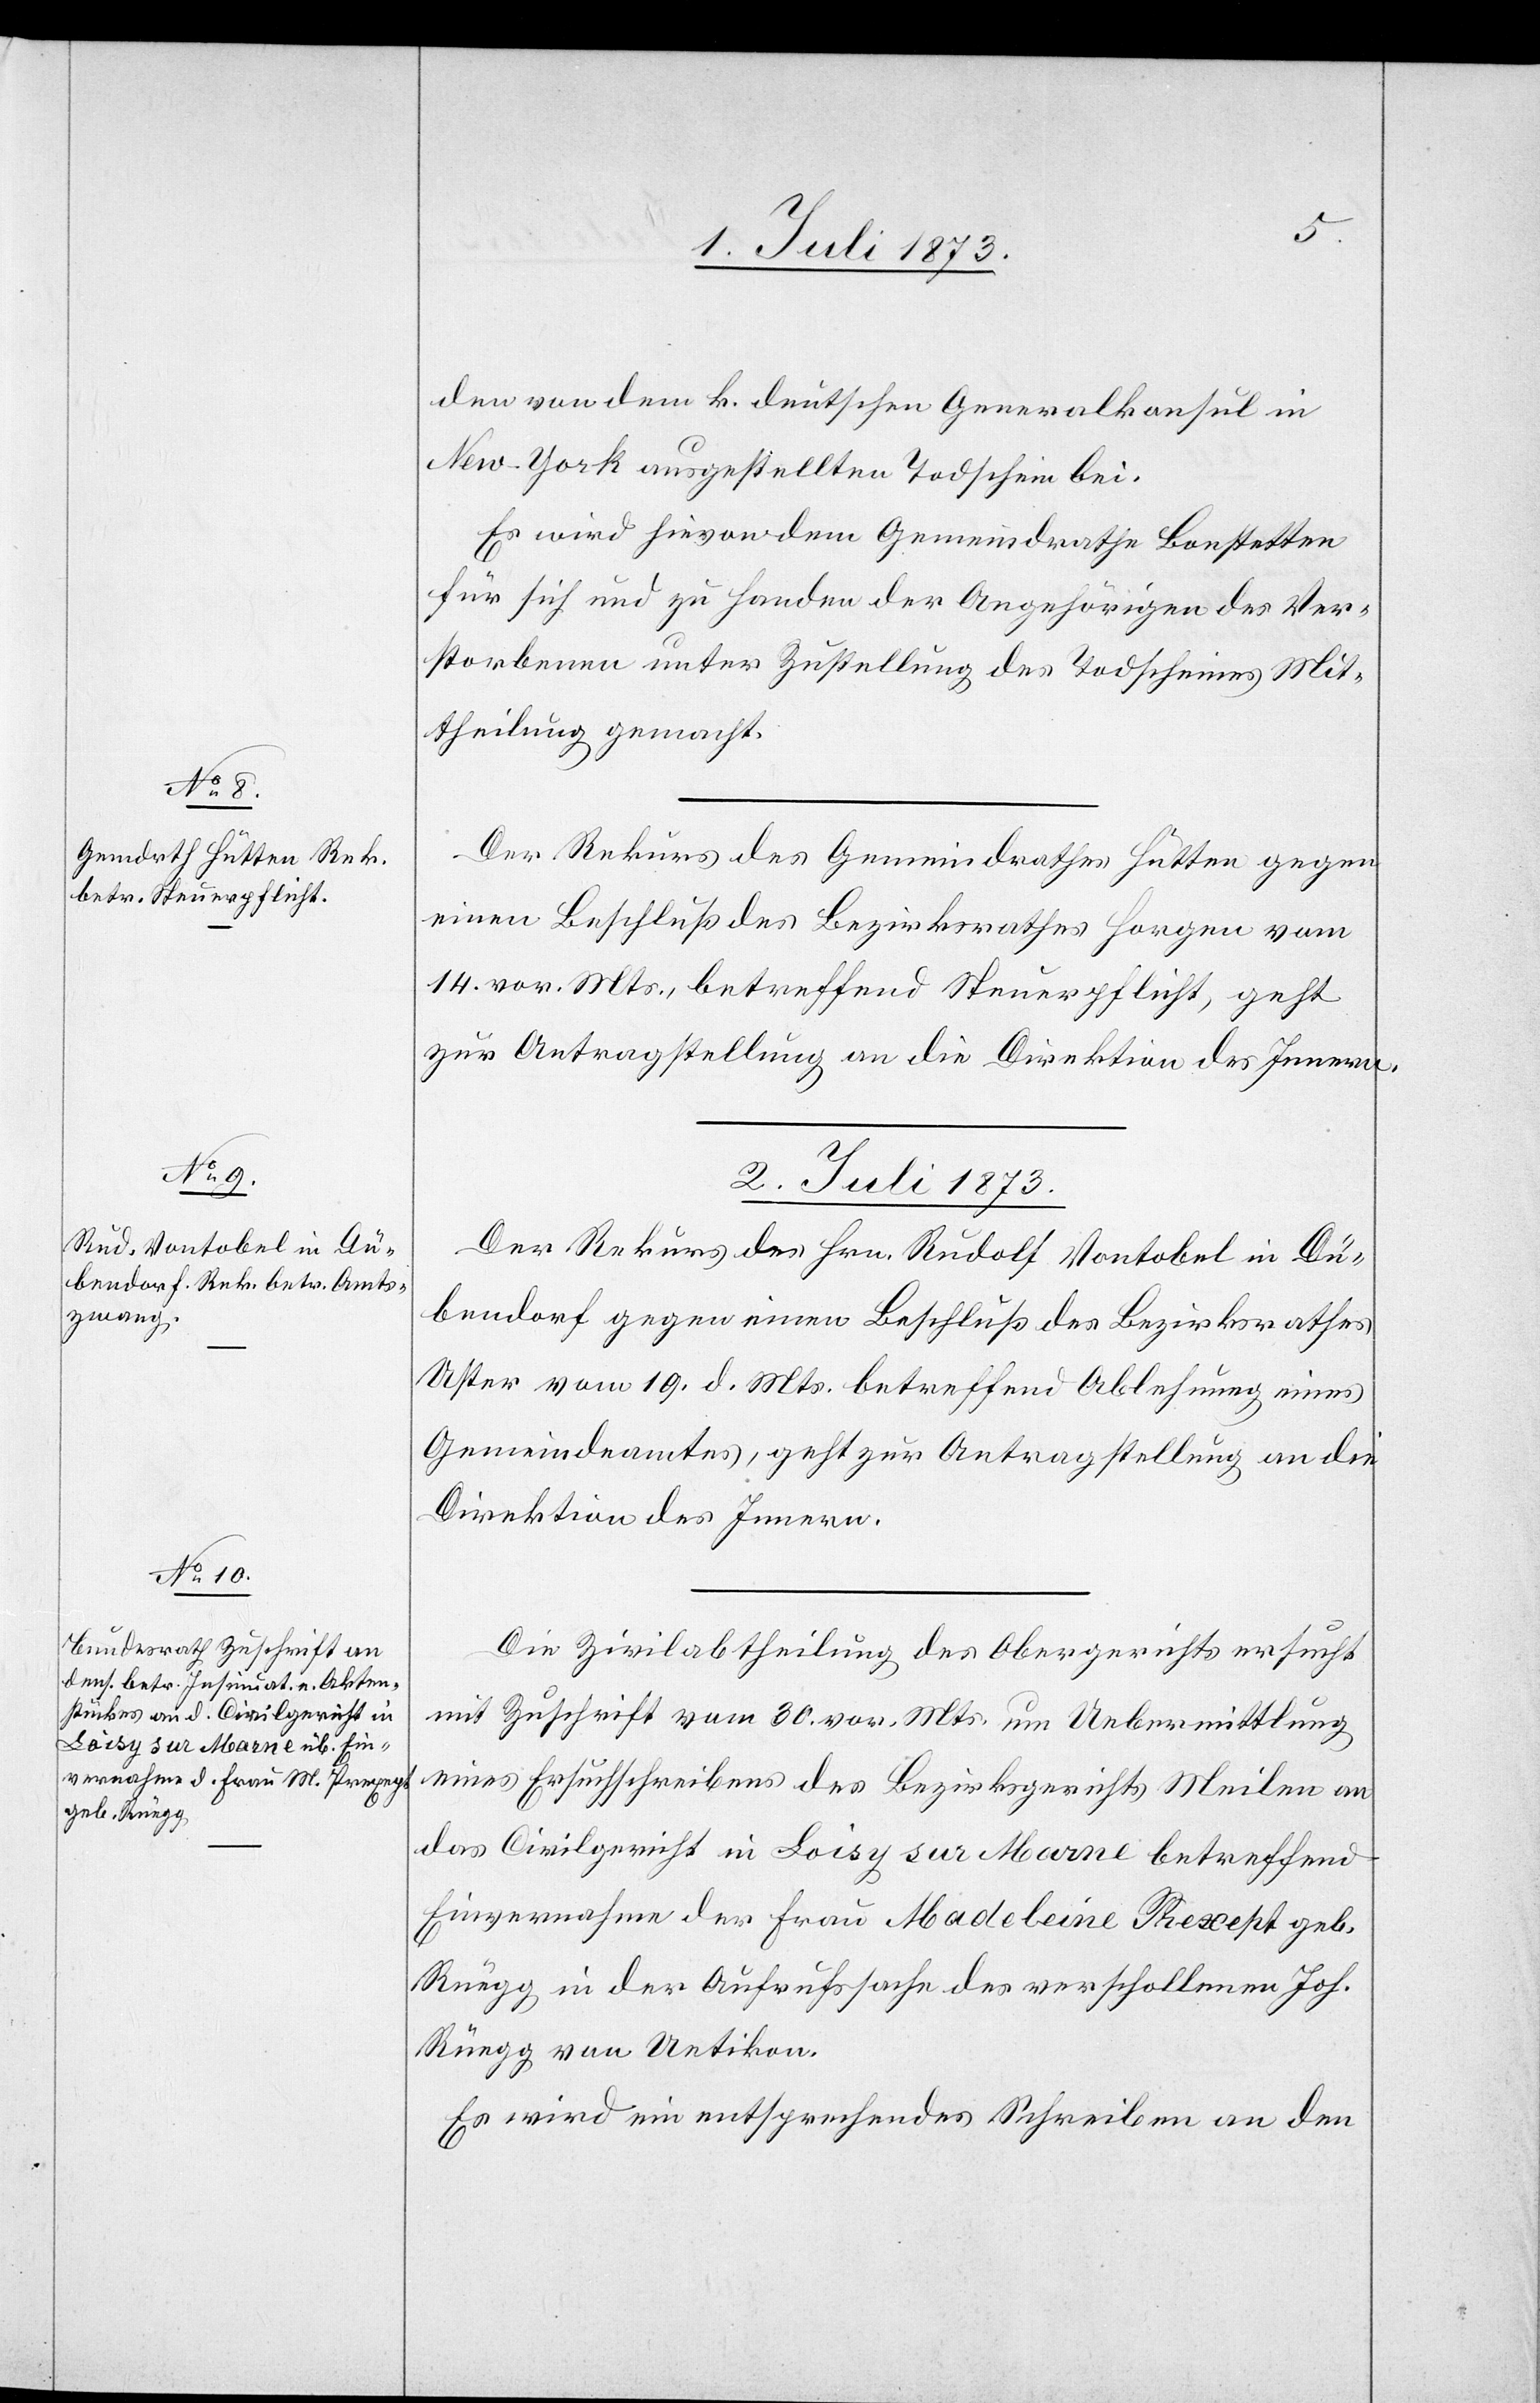
1. Juli 1873.]
den von dem k. deutschen Generalkonsul in
New-York ausgestellten Todschein bei.
Es wird hievon dem Gemeindrathe Bonstetten
für sich und zu Handen der Angehörigen des Ver¬
storbenen unter Zustellung des Todscheines Mit¬
theilung gemacht.
Der Rekurs des Gemeindrathes Hütten gegen
einen Beschluß des Bezirksrathes Horgen vom
14. vor. Mts., betreffend Steuerpflicht, geht
zur Antragstellung an die Direktion des Innern.
2. Juli 1873.]
Der Rekurs des Hrn. Rudolf Vontobel in Dü¬
bendorf gegen einen Beschluß des Bezirksrathes
Uster vom 19. d. Mts. betreffend Ablehnung eines
Gemeindeamtes, geht zur Antragstellung an die
Direktion des Innern.
Die Zivilabtheilung des Obergerichts ersucht
mit Zuschrift vom 30. vor. Mts. um Uebermittlung
eines Ersuchschreibens des Bezirksgerichts Meilen an
das Civilgericht in Loisy sur Marne betreffend
Einvernahme der Frau Madeleine Prexept geb.
Rüegg in der Aufrufssache des verschollenen Joh.
Rüegg von Uetikon.
Es wird ein entsprechendes Schreiben an den